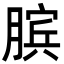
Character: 膑